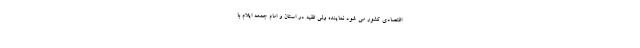
اقتصادی کشور می شود نماینده ولی فقیه در استان و امام‌ جمعه ایلام با